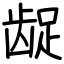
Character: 龊